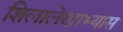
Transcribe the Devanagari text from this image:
शिलालेखाभ्यास